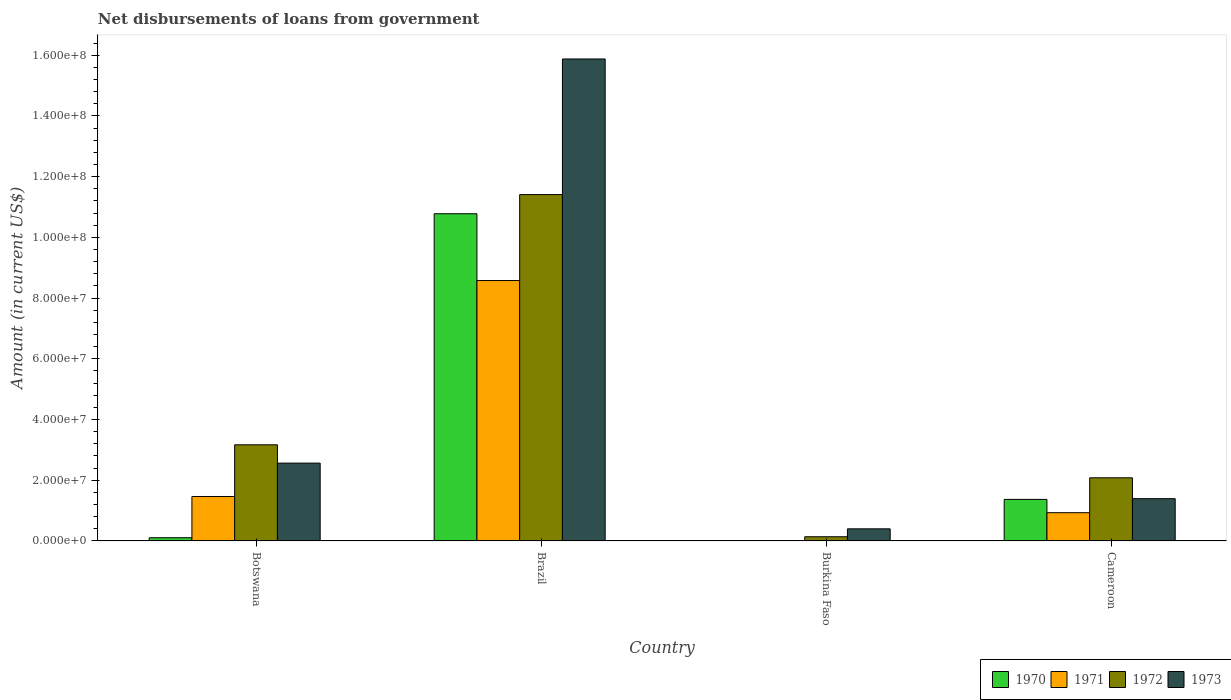
| Country | 1970 | 1971 | 1972 | 1973 |
 | --- | --- | --- | --- | --- |
 | Botswana | 1.06e+06 | 1.46e+07 | 3.17e+07 | 2.56e+07 |
 | Brazil | 1.08e+08 | 8.58e+07 | 1.14e+08 | 1.59e+08 |
 | Burkina Faso | 1.29e+05 | -1.88e+05 | 1.38e+06 | 3.98e+06 |
 | Cameroon | 1.37e+07 | 9.3e+06 | 2.08e+07 | 1.39e+07 |